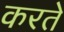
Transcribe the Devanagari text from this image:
करते